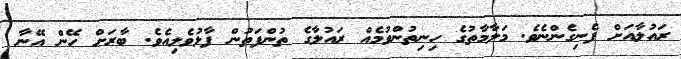
ރައުލާއަށް ފެނިގެންނެވެ. މަލާމާތުގެ ހިނިތުންވުމެއް ރައުލާގެ ތުންފަތުން ފާޅުވެލިއެވެ. ބާރަށް ހޭން އޭނާ